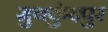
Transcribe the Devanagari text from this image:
मुचकुंदपुर